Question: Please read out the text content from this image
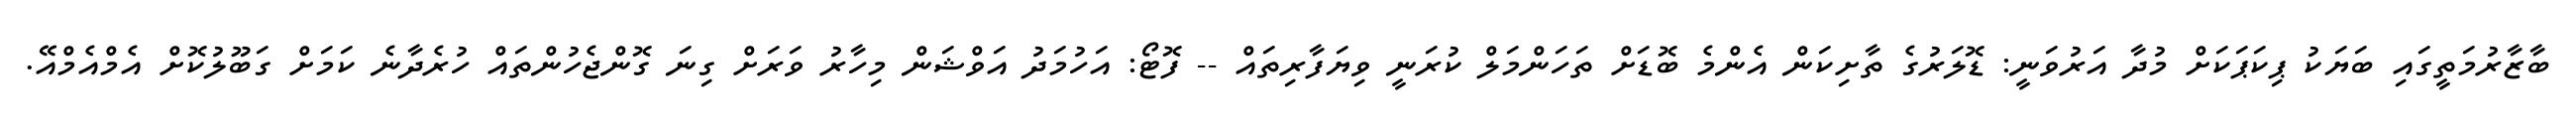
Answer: ބާޒާރުމަތީގައި ބަޔަކު ޕިކަޕަކަށް މުދާ އަރުވަނީ: ޑޮލަރުގެ ތާށިކަން އެންމެ ބޮޑަށް ތަހަންމަލް ކުރަނީ ވިޔަފާރިތައް -- ފޮޓޯ: އަހުމަދު އަވްޝަން މިހާރު ވަރަށް ގިނަ ގޮންޖެހުންތައް ހުރެދާނެ ކަމަށް ގަބޫލުކޮށް އެމްއެމްއޭ.